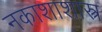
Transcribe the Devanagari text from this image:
नकाशाशास्त्र